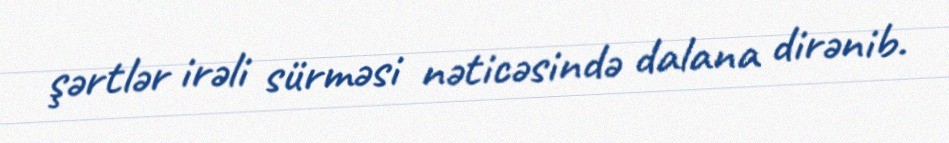
şərtlər irəli sürməsi nəticəsində dalana dirənib.